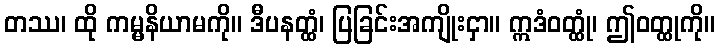
တဿ၊ ထို ကမ္မနိယာမကို။ ဒီပနတ္ထံ၊ ပြခြင်းအကျိုးငှာ။ ဣဒံဝတ္ထုံ၊ ဤဝတ္ထုကို။